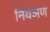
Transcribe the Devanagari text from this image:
नियंञण